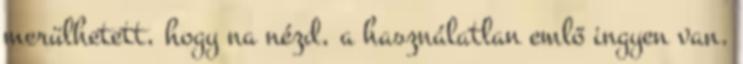
merülhetett, hogy na nézd, a használatlan emlő ingyen van.